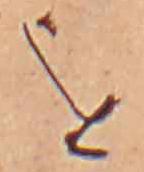
を